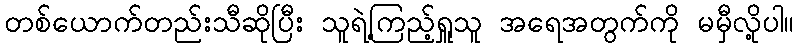
တစ်ယောက်တည်းသီဆိုပြီး သူရဲ့ကြည့်ရှူသူ အရေအတွက်ကို မမှီလို့ပါ။